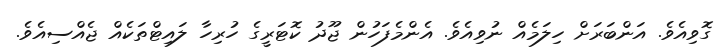
ގޮވިއެވެ. އަންބަރަށް ހިލަމެއް ނުވިއެވެ. އެންމެފަހުން ޖޫދު ކޮޓަރީގެ ހުރިހާ ލައިޓްތަކެއް ޖެއްސިއެވެ.